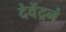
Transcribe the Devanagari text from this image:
देवेंद्रनं